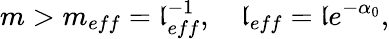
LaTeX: m>m_{eff}=\mathfrak{l}_{eff}^{-1},\quad\mathfrak{l}_{eff}=\mathfrak{l}e^{-\alpha_{0}},